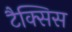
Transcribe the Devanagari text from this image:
टैक्सिस